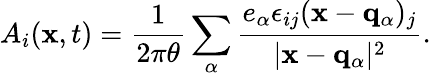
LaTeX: A_{i}({\mathbf x},t)=\frac{1}{2\pi\theta}\sum_{\alpha}\frac{e_{\alpha}\epsilon_{ij}({\mathbf x}-{\mathbf q_{\alpha}})_{j}}{\vert{\mathbf x}-{\mathbf q_{\alpha}}\vert^{2}}.